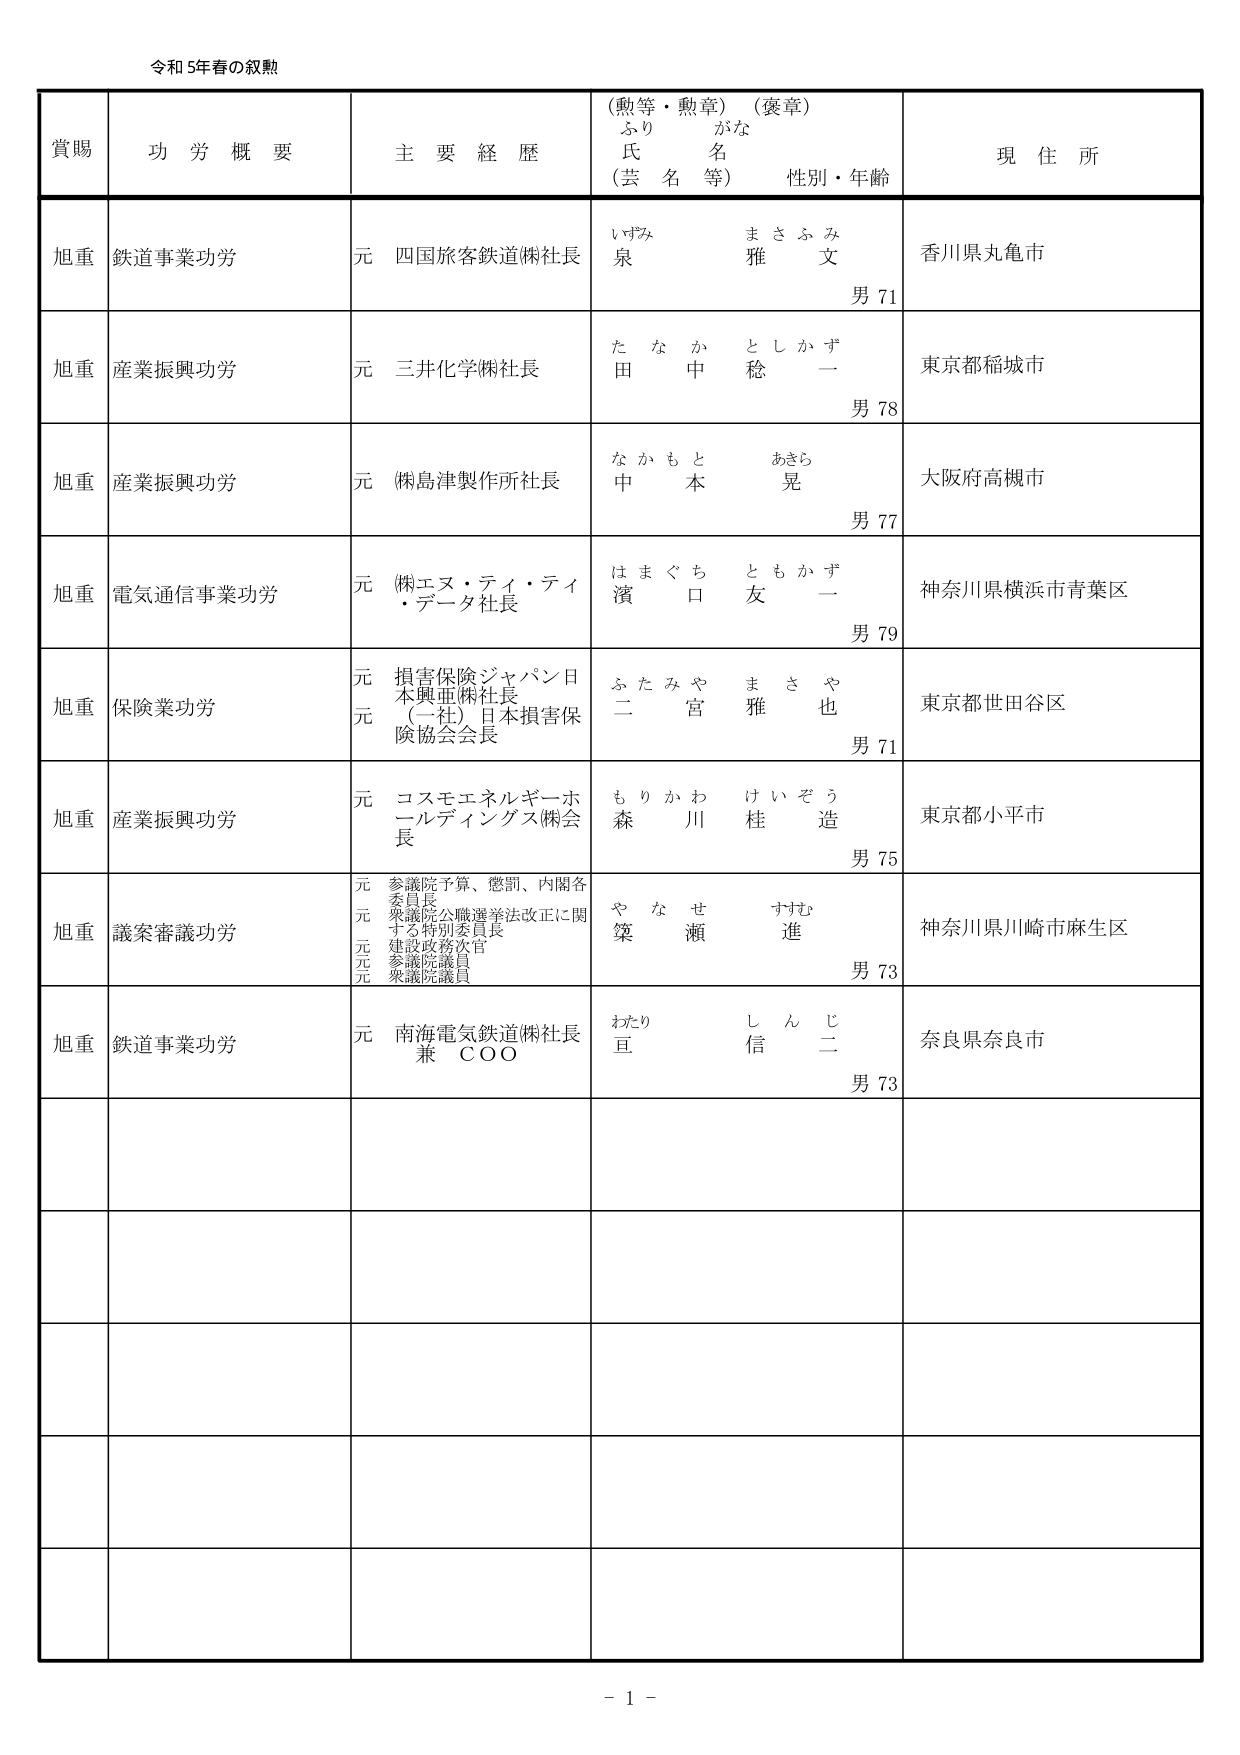
令和5年春の叙勲

賞賜　功労概要　主要経歴　（勲等・勲章）（褒章）　現住所
　　　　　　　　　　　ふりがな
　　　　　　　　　　　氏名
　　　　　　　　　　　（芸名等）　性別・年齢

旭重　鉄道事業功労　元　四国旅客鉄道㈱社長　いすみ　まさふみ　香川県丸亀市
　　　　　　　　　　　　　　　　　　　　　泉　雅文　男71

旭重　産業振興功労　元　三井化学㈱社長　たなか　としかず　東京都稲城市
　　　　　　　　　　　　　　　　　　　　　田中　稔一　男78

旭重　産業振興功労　元　㈱島津製作所社長　なかもと　あきら　大阪府高槻市
　　　　　　　　　　　　　　　　　　　　　中本　晃　男77

旭重　電気通信事業功労　元　㈱エヌ・ティ・ティ・データ社長　はまぐち　ともかず　神奈川県横浜市青葉区
　　　　　　　　　　　　　　　　　　　　　濱口　友一　男79

旭重　保険業功労　元　損害保険ジャパン日本興亜㈱社長　ふたみや　まさや　東京都世田谷区
　　　　　　　　　元　（一社）日本損害保険協会会長　二宮　雅也　男71

旭重　産業振興功労　元　コスモエネルギーホールディングス㈱会長　もりかわ　けいぞう　東京都小平市
　　　　　　　　　　　　　　　　　　　　　森川　桂造　男75

旭重　議案審議功労　元　参議院予算、懲罰、内閣各委員長　やなせ　すすむ　神奈川県川崎市麻生区
　　　　　　　　　元　衆議院公職選挙法改正に関する特別委員長
　　　　　　　　　元　建設政務次官
　　　　　　　　　元　参議院議員
　　　　　　　　　元　衆議院議員　簗瀬　進　男73

旭重　鉄道事業功労　元　南海電気鉄道㈱社長　わたり　しんじ　奈良県奈良市
　　　　　　　　　　　　　　　　　　　兼　COO　亘　信二　男73

－ 1 －